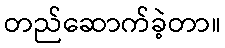
တည်ဆောက်ခဲ့တာ။